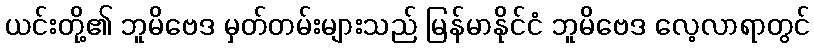
ယင်းတို့၏ ဘူမိဗေဒ မှတ်တမ်းများသည် မြန်မာနိုင်ငံ ဘူမိဗေဒ လေ့လာရာတွင်